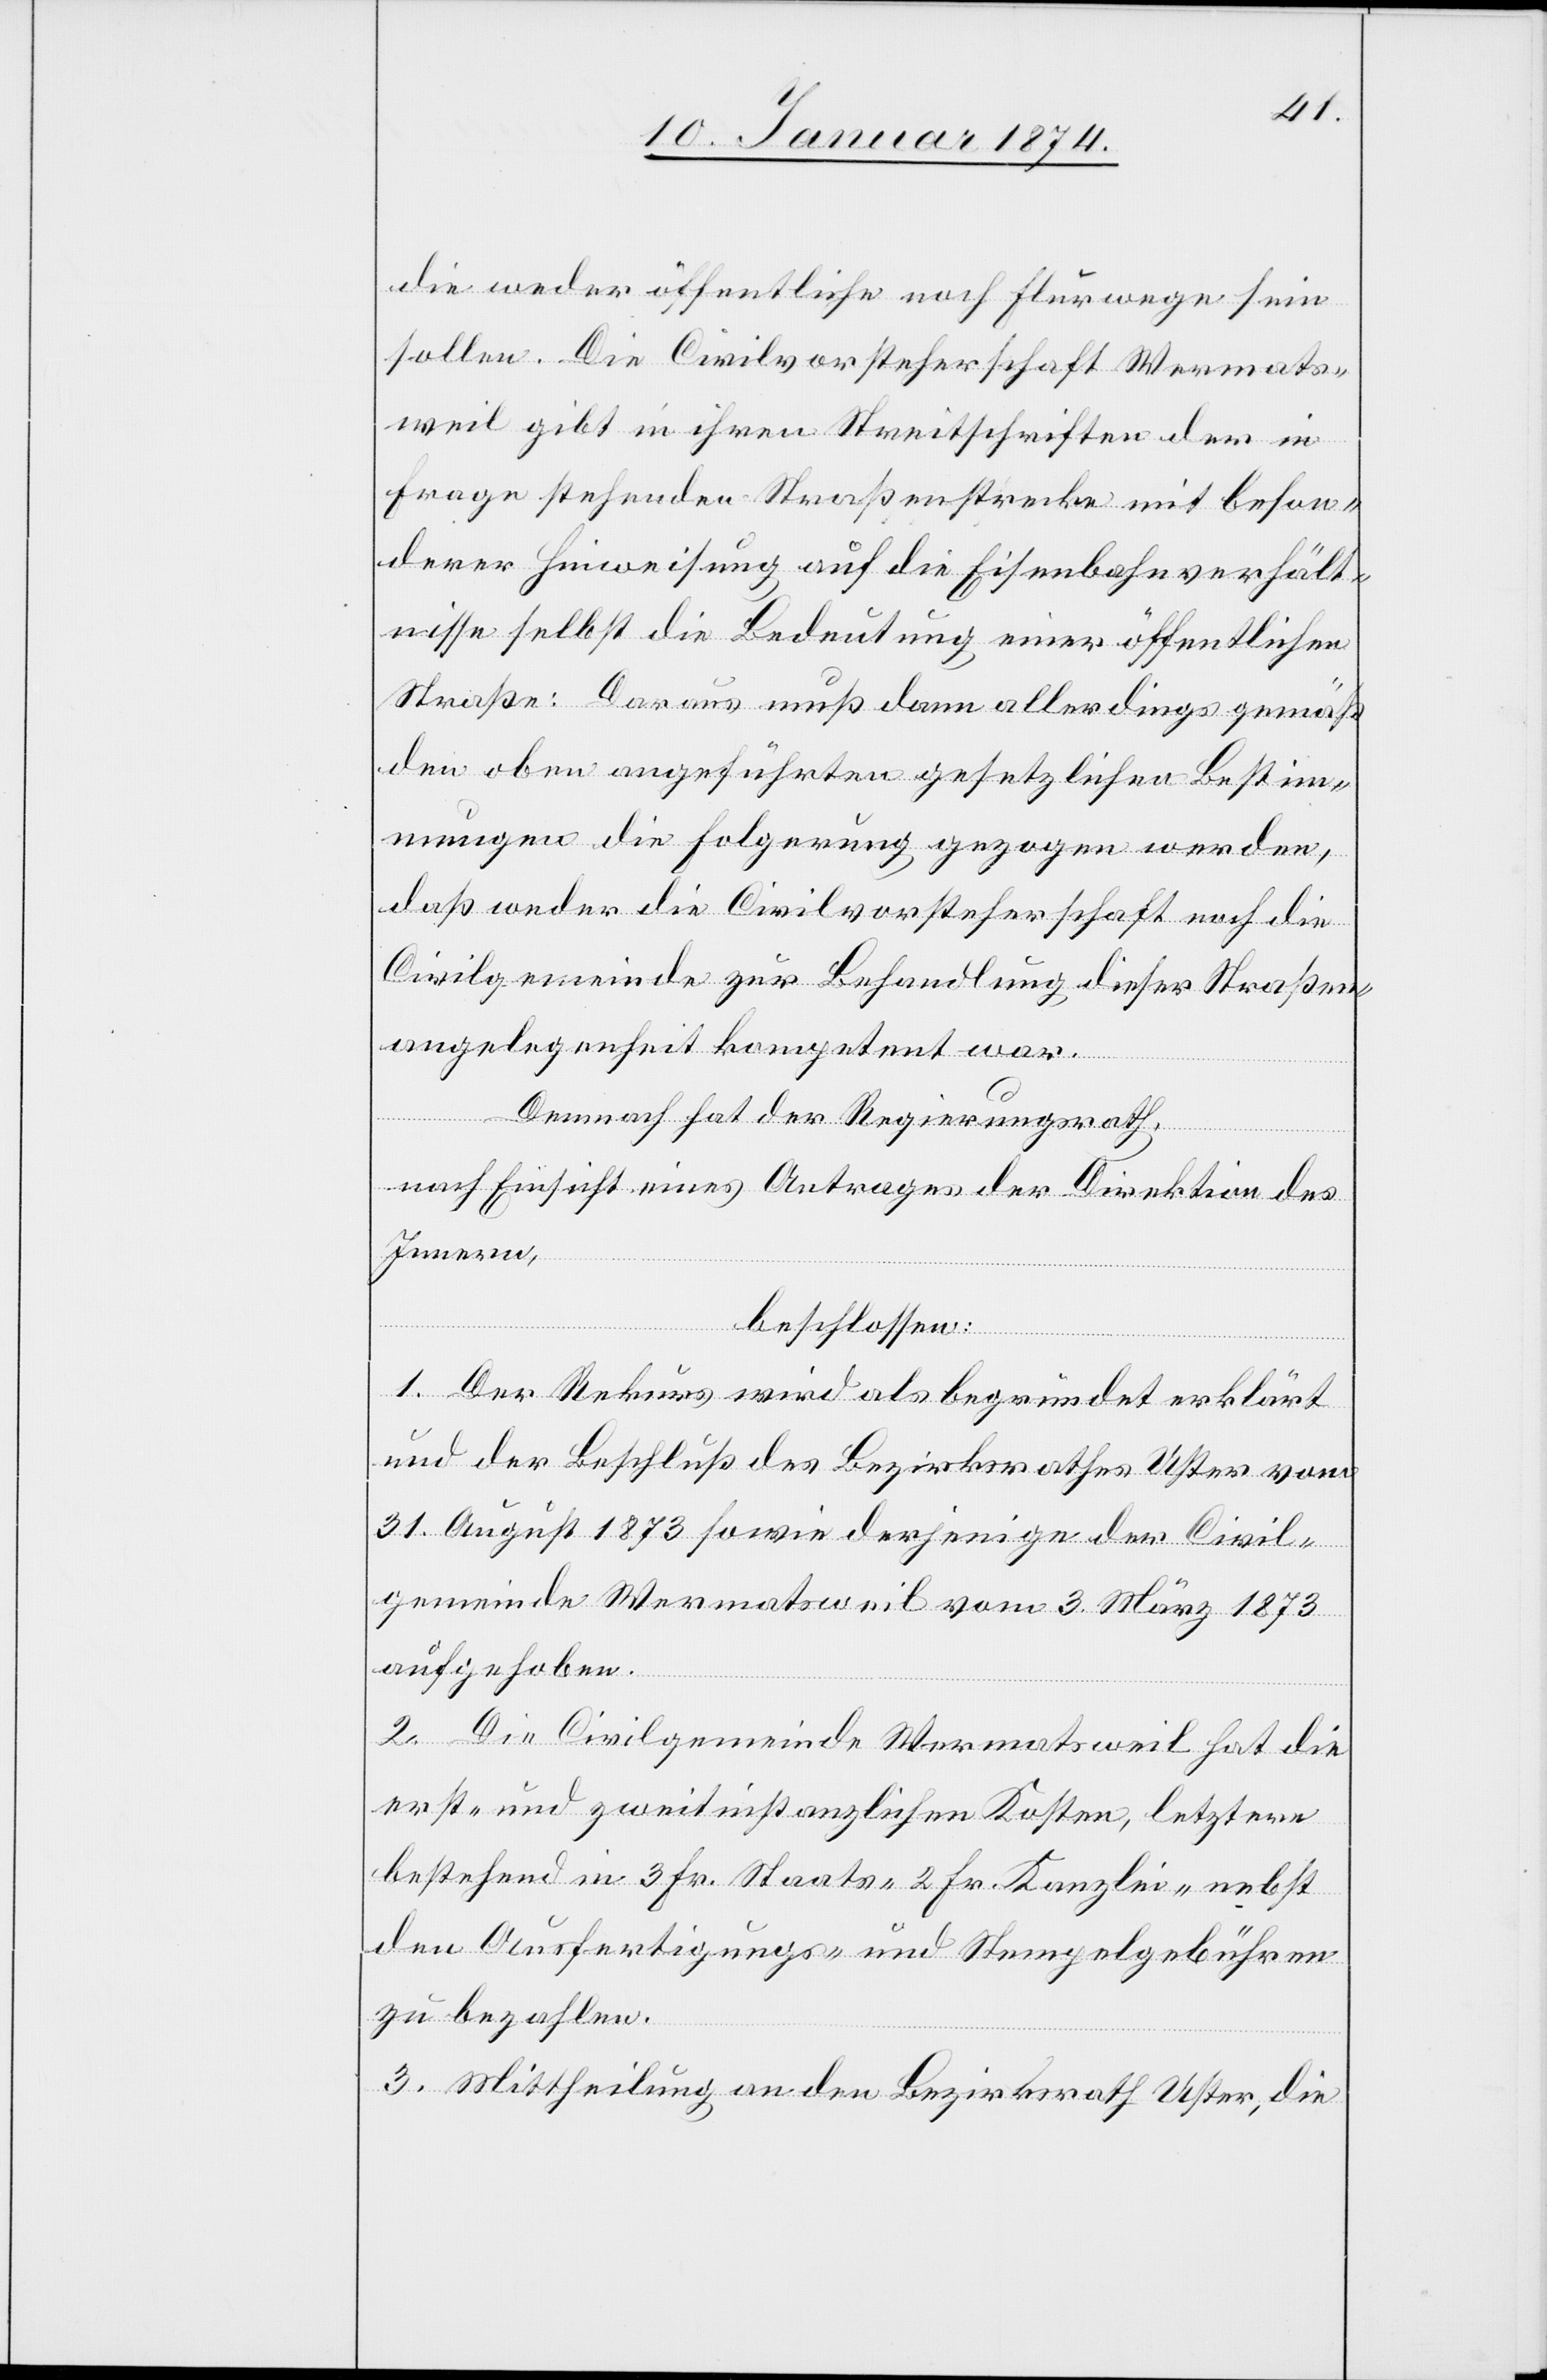
die weder öffentliche noch Flurwege sein
sollen. Die Civilvorsteherschaft Wermats¬
weil gibt in ihren Streitschriften der in
Frage stehenden Straßenstrecke mit beson¬
derer Hinweisung auf die Eisenbahnverhält¬
nisse selbst die Bedeutung einer öffentlichen
Straße: Daraus muß dann allerdings gemäß
den oben angeführten gesetzlichen Bestim¬
mungen die Folgerung gezogen werden,
daß weder die Civilvorsteherschaft noch die
Civilgemeinde zur Behandlung dieser Straßen¬
angelegenheit kompetent war.
Demnach hat der Regierungsrath,
nach Einsicht eines Antrages der Direktion des
Innern,
beschlossen:
1. Der Rekurs wird als begründet erklärt
und der Beschluß des Bezirksrathes Uster vom
31. August 1873 sowie derjenige der Civil¬
gemeinde Wermatsweil vom 3. März 1873
aufzuheben.
2. Die Civilgemeinde Wermatsweil hat die
erst- und zweitinstanzlichen Kosten, letztere
bestehend in 3 Fr. Staats-[,] 2 Fr. Kanzlei- nebst
den Ausfertigungs- und Stempelgebühren
zu bezahlen.
3. Mittheilung an den Bezirksrath Uster, die